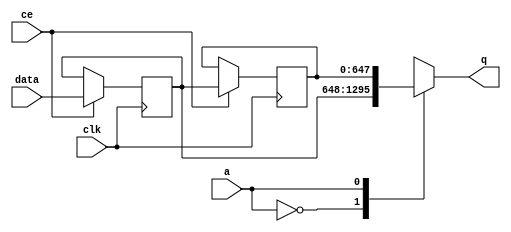
// ==============================================================
// File generated by Vivado(TM) HLS - High-Level Synthesis from C, C++ and SystemC
// Version: 2015.3
// Copyright (C) 2015 Xilinx Inc. All rights reserved.
// 
// ==============================================================


`timescale 1 ns / 1 ps

module FIFO_hls_target_p_p2_in_bounded_stencil_stream_s_shiftReg (
    clk,
    data,
    ce,
    a,
    q);

parameter DATA_WIDTH = 32'd648;
parameter ADDR_WIDTH = 32'd1;
parameter DEPTH = 32'd2;

input clk;
input [DATA_WIDTH-1:0] data;
input ce;
input [ADDR_WIDTH-1:0] a;
output [DATA_WIDTH-1:0] q /*verilator public*/;

reg[DATA_WIDTH-1:0] SRL_SIG [0:DEPTH-1];
integer i;

always @ (posedge clk)
    begin
        if (ce)
        begin
            for (i=0;i<DEPTH-1;i=i+1)
                SRL_SIG[i+1] <= SRL_SIG[i];
            SRL_SIG[0] <= data;
        end
    end

assign q = SRL_SIG[a];

endmodule

module FIFO_hls_target_p_p2_in_bounded_stencil_stream_s (
    clk,
    reset,
    if_empty_n,
    if_read_ce,
    if_read,
    if_dout,
    if_full_n,
    if_write_ce,
    if_write,
    if_din);

parameter MEM_STYLE = "auto";
parameter DATA_WIDTH = 32'd648;
parameter ADDR_WIDTH = 32'd1;
parameter DEPTH = 32'd2;

input clk;
input reset;
output if_empty_n;
input if_read_ce;
input if_read;
output[DATA_WIDTH - 1:0] if_dout;
output if_full_n;
input if_write_ce;
input if_write;
input[DATA_WIDTH - 1:0] if_din;

wire[ADDR_WIDTH - 1:0] shiftReg_addr ;
wire[DATA_WIDTH - 1:0] shiftReg_data, shiftReg_q;
reg[ADDR_WIDTH:0] mOutPtr = {(ADDR_WIDTH+1){1'b1}};
reg internal_empty_n = 0, internal_full_n = 1;

assign if_empty_n = internal_empty_n;
assign if_full_n = internal_full_n;
assign shiftReg_data = if_din;
assign if_dout = shiftReg_q;

always @ (posedge clk) begin
    if (reset == 1'b1)
    begin
        mOutPtr <= ~{ADDR_WIDTH+1{1'b0}};
        internal_empty_n <= 1'b0;
        internal_full_n <= 1'b1;
    end
    else begin
        if (((if_read & if_read_ce) == 1 & internal_empty_n == 1) && 
            ((if_write & if_write_ce) == 0 | internal_full_n == 0))
        begin
            mOutPtr <= mOutPtr -1;
            if (mOutPtr == 0)
                internal_empty_n <= 1'b0;
            internal_full_n <= 1'b1;
        end 
        else if (((if_read & if_read_ce) == 0 | internal_empty_n == 0) && 
            ((if_write & if_write_ce) == 1 & internal_full_n == 1))
        begin
            mOutPtr <= mOutPtr +1;
            internal_empty_n <= 1'b1;
            if (mOutPtr == DEPTH-2)
                internal_full_n <= 1'b0;
        end 
    end
end

assign shiftReg_addr = mOutPtr[ADDR_WIDTH] == 1'b0 ? mOutPtr[ADDR_WIDTH-1:0]:{ADDR_WIDTH{1'b0}};
assign shiftReg_ce = (if_write & if_write_ce) & internal_full_n;
//assign shiftReg_ce = 1'b0;

FIFO_hls_target_p_p2_in_bounded_stencil_stream_s_shiftReg 
#(
    .DATA_WIDTH(DATA_WIDTH),
    .ADDR_WIDTH(ADDR_WIDTH),
    .DEPTH(DEPTH))
U_FIFO_hls_target_p_p2_in_bounded_stencil_stream_s_ram (
    .clk(clk),
    .data(shiftReg_data),
    .ce(shiftReg_ce),
    .a(shiftReg_addr),
    .q(shiftReg_q));

endmodule